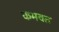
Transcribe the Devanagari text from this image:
कमवत